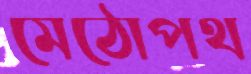
মেঠোপথ